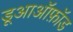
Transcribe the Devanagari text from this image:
डूआऑफ़ॉड